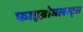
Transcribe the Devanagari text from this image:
फाइब्रोबलस्ट्स